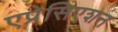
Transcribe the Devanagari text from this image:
एप्रेसिएशन